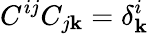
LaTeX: C^{ij}C_{j\mathbf{k}}=\delta_{\mathbf{k}}^{i}